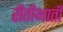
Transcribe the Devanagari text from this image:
रीतीभाती